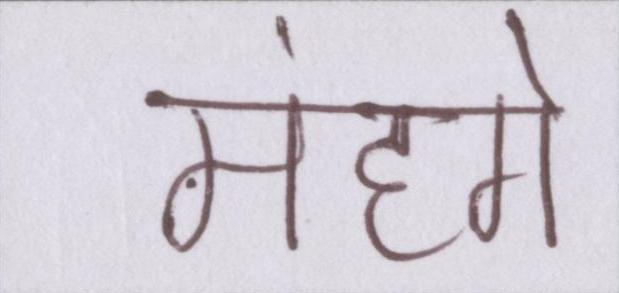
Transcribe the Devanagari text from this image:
महंगे